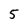
Character: 5